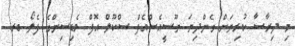
މި ދިރާސާ ކުރިޔަށް ގެންދިޔަ ޔޫސީއެސްއެފް ސްކޫލް އޮފް މެޑިސިންގެ ފެލޯ ޑރ.